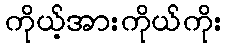
ကိုယ့်အားကိုယ်ကိုး